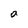
Character: a